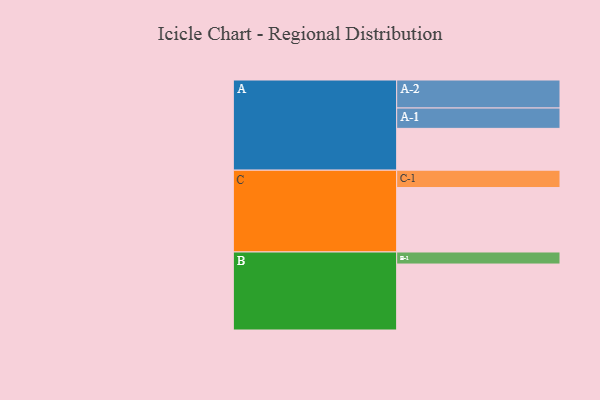
{"axis": {"x": "Segment", "y": "Value"}, "legend": ["", "A", "B", "C"], "data": [{"x": "A", "y": 333, "type": ""}, {"x": "B", "y": 525, "type": ""}, {"x": "C", "y": 513, "type": ""}, {"x": "A-1", "y": 162, "type": "A"}, {"x": "A-2", "y": 223, "type": "A"}, {"x": "B-1", "y": 96, "type": "B"}, {"x": "C-1", "y": 138, "type": "C"}]}